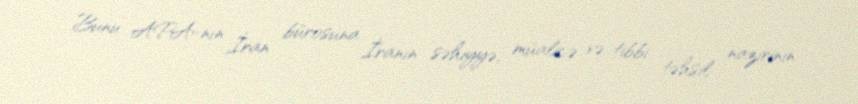
Bunu APA-nın İran bürosuna İranın səhiyyə, müalicə və tibbi təhsil nazirinin